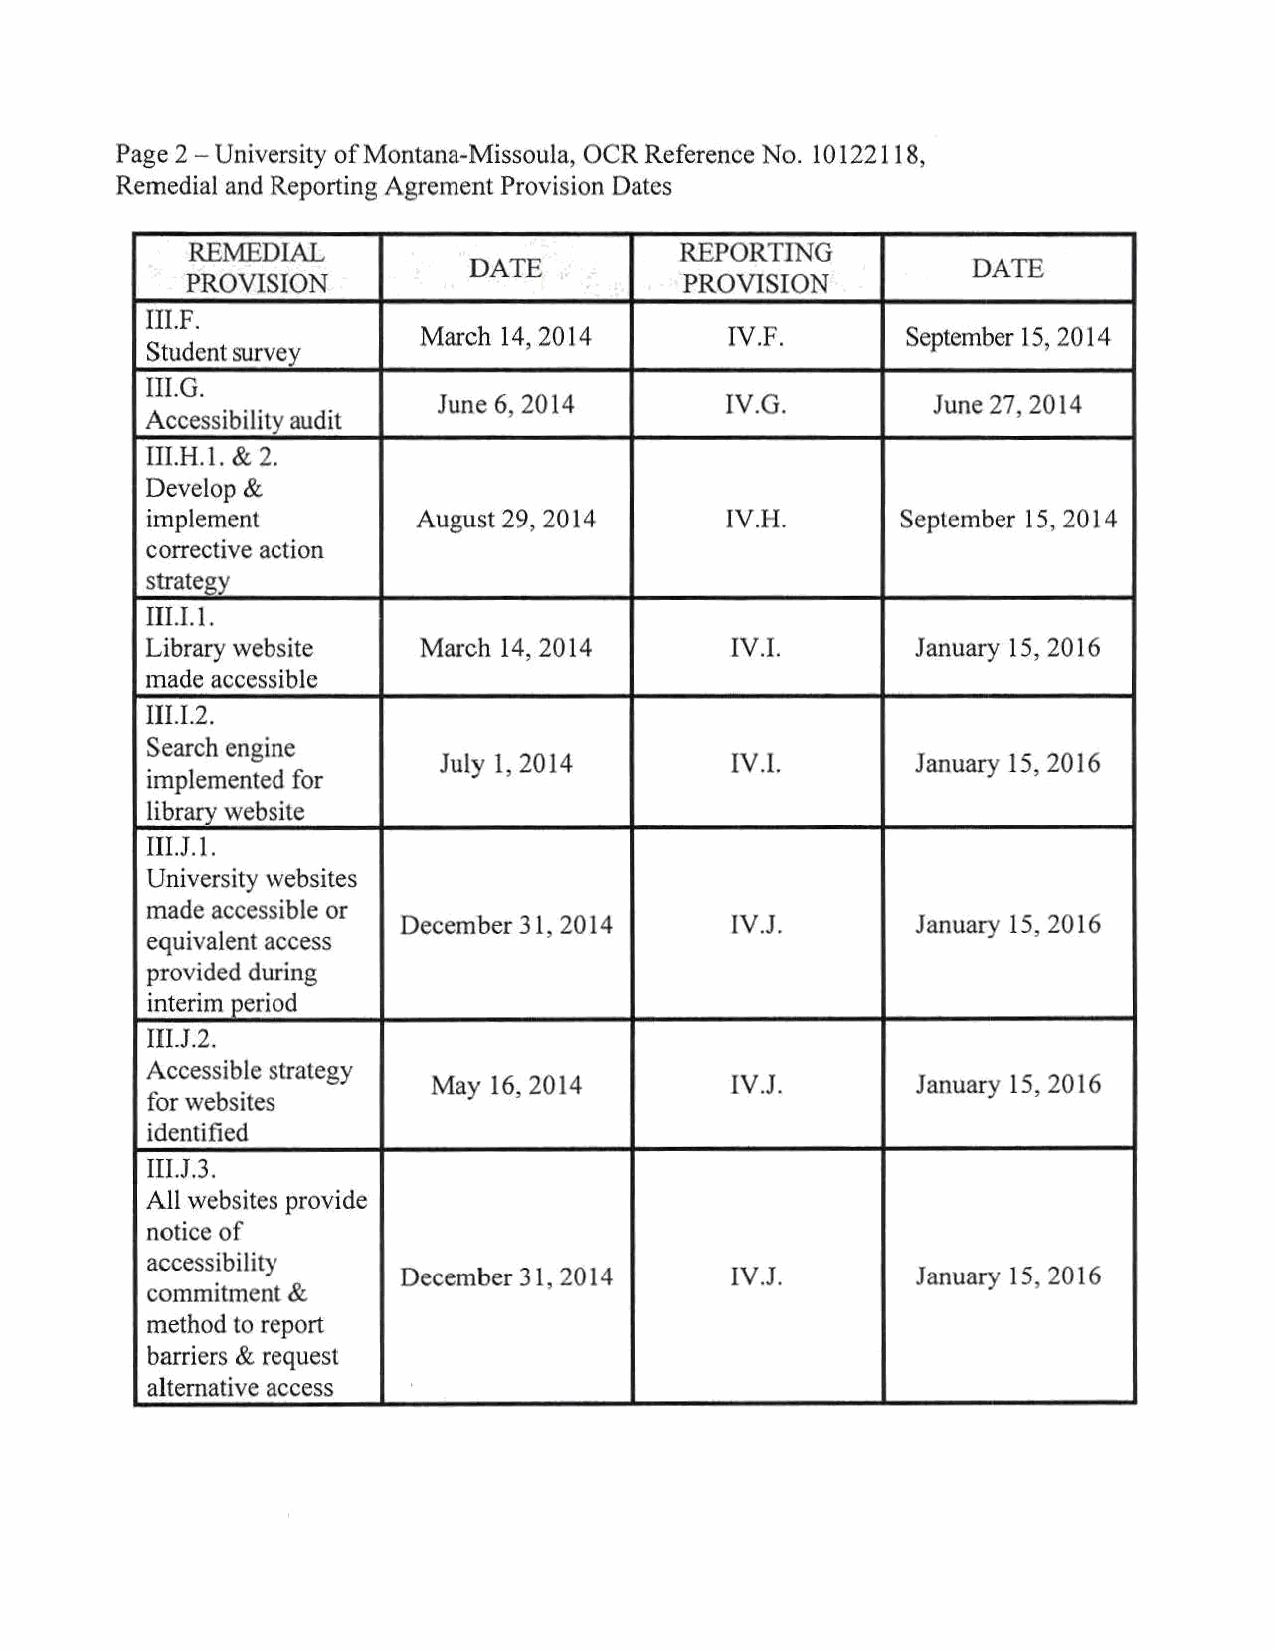
Page 2 - University of Montana-Missoula, OCR Reference No. 10122118,
 Remedial and Reporting Agrement Provision Dates
 RE:MEDIAL                        REPORTING
 DATE                             DATE
 PROVISION                        PROVISION
 III.F.
 March 14, 2014      IV.F.       September 15, 2014
 Student survey
 III.G.
 June 6, 2014       IV.G.         June 27, 2014
 Accessibility audit
 III.H.l. & 2.
 Develop &
 implement        August 29, 2014      lV.H.      Seplember 15, 2014
 corrective action
 strategy
 III.I. I.
 Library website   March 14, 2014      IV.I.       January 15, 2016
 made accessible
 III.I.2.
 Search engine
 July 1, 2014       IV.I.       January 15, 2016
 implemented for
 library website
 III.J.1.
 University websites
 made accessible or
 December 31, 2014     IV.J.       January 15, 2016
 equivalent access
 provided during
 interim period
 IILJ.2.
 Accessible strategy
 May 16, 2014        IV.J.       January 15, 2016
 for websites
 identified
 III.J.3.
 All websites provide
 notice of
 accessibility
 December 3 1, 2014    IV.J.       January 15, 2016
 commitment &
 method to report
 barriers & request
 alternative access